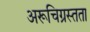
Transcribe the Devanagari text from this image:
अरूचिग्रस्तता